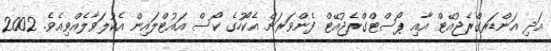
އަދި އަންޑަރގްރެޖުއޭޓް އާއި ޕޯސްޓްގްރެޖުއޭޓް ފެންވަރަށް އެކޯހުގެ ކޯސް އައުޓްލައިން އެކުލަވާލެއްވިއެވެ. 2002